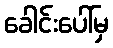
ခေါင်းပေါ်မှ